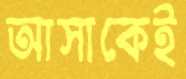
আসাকেই